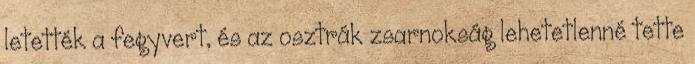
letették a fegyvert, és az osztrák zsarnokság lehetetlenné tette